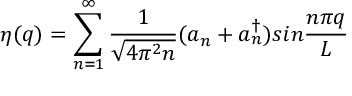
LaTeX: \eta ( q ) = \sum _ { n = 1 } ^ { \infty } { \frac { 1 } { \sqrt { 4 \pi ^ { 2 } n } } } ( a _ { n } + a _ { n } ^ { \dagger } ) s i n { \frac { n \pi q } { L } }